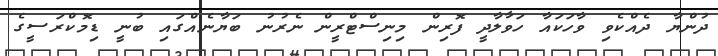
ދުންޔާ ދެއްކެވި ވާހަކައާ ހަވާލާދީ ފޮރިން މިނިސްޓްރީން ނެރުނު ބަޔާނެއްގައި ބުނީ ޑިމޮކްރަސީގެ